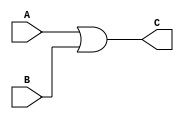
`timescale 1ns/1ns


module ormod(A, B, C);
   input A;
   input B;
   output C;
   assign C = A|B;
 endmodule

module tb;
    
     reg A, B;
     wire C;

     ormod ans(A, B, C);

     initial begin
        A = 0;
        B = 0;
        #3;
        $display("A=%b, B=%b, C=%b", A, B, C);
        #16;
        A = 0;
        B = 1;
        #3;
        $display("A=%b, B=%b, C=%b", A, B, C);
        #20;
        A = 1;
        B = 0;
        #3;
        $display("A=%b, B=%b, C=%b", A, B, C);
        #21;
        A = 1;
        B = 1;
        #3;
        $display("A=%b, B=%b, C=%b", A, B, C);
        end
endmodule